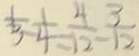
\frac { 1 } { 3 } - \frac { 1 } { 4 } = \frac { 4 } { 1 2 } - \frac { 3 } { 1 2 }